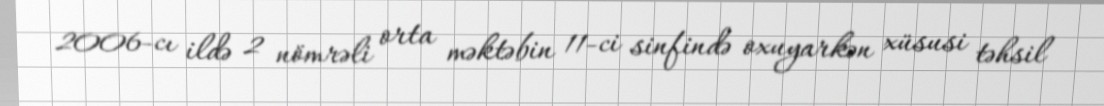
2006-cı ildə 2 nömrəli orta məktəbin 11-ci sinfində oxuyarkən xüsusi təhsil